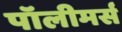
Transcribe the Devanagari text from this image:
पॉलीमर्स